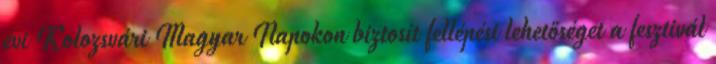
évi Kolozsvári Magyar Napokon biztosít fellépési lehetőséget a fesztivál